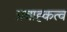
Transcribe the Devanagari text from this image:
प्रवाह्कत्व